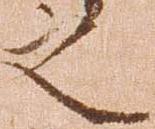
之